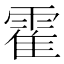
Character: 霍